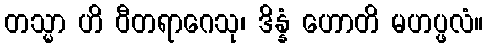
တသ္မာ ဟိ ဝီတရာဂေသု၊ ဒိန္နံ ဟောတိ မဟပ္ဖလံ။